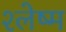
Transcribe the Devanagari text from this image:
श्‍लेष्म